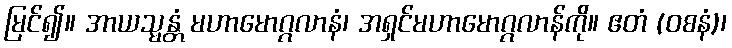
မြင်၍။ အာယသ္မန္တံ မဟာမောဂ္ဂလာနံ၊ အရှင်မဟာမောဂ္ဂလာန်ကို။ ဧတံ (ဝစနံ)၊